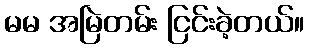
မမ အမြဲတမ်း ငြင်းခဲ့တယ်။